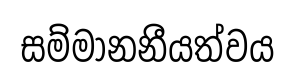
සම්මානනීයත්වය